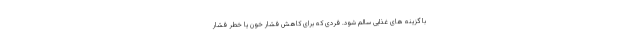
با گزینه های غذایی سالم شود. فردی که برای کاهش فشار خون یا خطر فشار